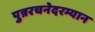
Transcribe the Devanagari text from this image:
पुन्नरचनेदरम्यान